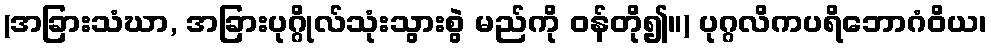
(အခြားသံဃာ, အခြားပုဂ္ဂိုလ်သုံးသွားစွဲ မည်ကို ဝန်တို၍။) ပုဂ္ဂလိကပရိဘောဂံဝိယ၊